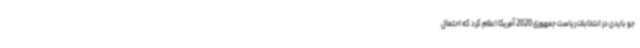
جو بایدن در انتخابات ریاست جمهوری 2020 آمریکا اعلام کرد که احتمال